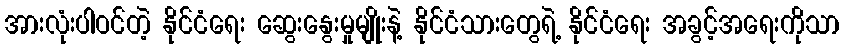
အားလုံးပါဝင်တဲ့ နိုင်ငံရေး ဆွေးနွေးမှုမျိုးနဲ့ နိုင်ငံသားတွေရဲ့ နိုင်ငံရေး အခွင့်အရေးကိုသာ